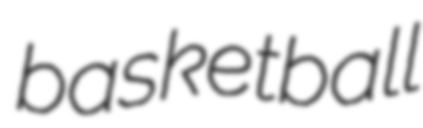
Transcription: basketball